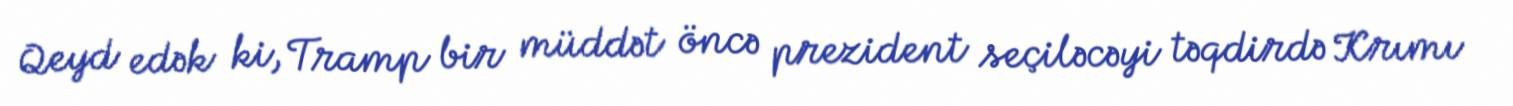
Qeyd edək ki, Tramp bir müddət öncə prezident seçiləcəyi təqdirdə Krımı